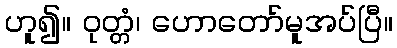
ဟူ၍။ ဝုတ္တံ၊ ဟောတော်မူအပ်ပြီ။